Vaccination United Provinces of Agra and Oudh 1902-1913 - 1902-1913
Year: 1902
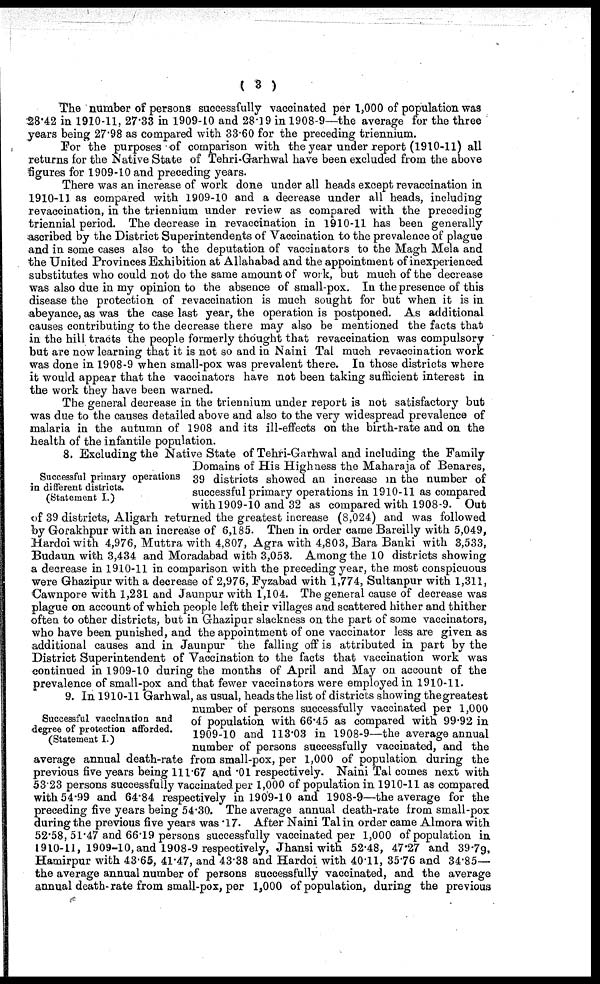
( 3 )
The number of persons successfully vaccinated per 1,000 of population was
28.42 in 1910-11, 27.33 in 1909-10 and 28.19 in 1908-9—the average for the three
years being 27.98 as compared with 33.60 for the preceding triennium.
For the purposes of comparison with the year under report (1910-11) all
returns for the Native State of Tehri-Garhwal have been excluded from the above
figures for 1909-10 and preceding years.
There was an increase of work done under all heads except revaccination in
1910-11 as compared with 1909-10 and a decrease under all heads, including
revaccination, in the triennium under review as compared with the preceding
triennial period. The decrease in revaccination in 1910-11 has been generally
ascribed by the District Superintendents of Vaccination to the prevalence of plague
and in some cases also to the deputation of vaccinators to the Magh Mela and
the United Provinces Exhibition at Allahabad and the appointment of inexperienced
substitutes who could not do the same amount of work, but much of the decrease
was also due in my opinion to the absence of small-pox. In the presence of this
disease the protection of revaccination is much sought for but when it is in
abeyance, as was the case last year, the operation is postponed. As additional
causes contributing to the decrease there may also be mentioned the facts that
in the hill tracts the people formerly thought that revaccination was compulsory
but are now learning that it is not so and in Naini Tal much revaccination work
was done in 1908-9 when small-pox was prevalent there. In those districts where
it would appear that the vaccinators have not been taking sufficient interest in
the work they have been warned.
The general decrease in the triennium under report is not satisfactory but
was due to the causes detailed above and also to the very widespread prevalence of
malaria in the autumn of 1908 and its ill-effects on the birth-rate and on the
health of the infantile population.
Successful primary operations
in different districts.
(Statement I.)
8. Excluding the Native State of Tehri-Garhwal and including the Family
Domains of His Highness the Maharaja of Benares,
39 districts showed an increase in the number of
successful primary operations in 1910-11 as compared
with 1909-10 and 32 as compared with 1908-9. Out
of 39 districts, Aligarh returned the greatest increase (8,024) and was followed
by Gorakhpur with an increase of 6,185. Then in order came Bareilly with 5,049,
Hardoi with 4,976, Muttra with 4,807, Agra with 4,803, Bara Banki with 3,533,
Budaun with 3,434 and Moradabad with 3,053. Among the 10 districts showing
a decrease in 1910-11 in comparison with the preceding year, the most conspicuous
were Ghazipur with a decrease of 2,976, Fyzabad with 1,774, Sultanpur with 1,311,
Cawnpore with 1,231 and Jaunpur with 1,104. The general cause of decrease was
plague on account of which people left their villages and scattered hither and thither
often to other districts, but in Ghazipur slackness on the part of some vaccinators,
who have been punished, and the appointment of one vaccinator less are given as
additional causes and in Jaunpur the falling off is attributed in part by the
District Superintendent of Vaccination to the facts that vaccination work was
continued in 1909-10 during the months of April and May on account of the
prevalence of small-pox and that fewer vaccinators were employed in 1910-11.
Successful vaccination and
degree of protection afforded.
(Statement I.)
9. In 1910-11 Garhwal, as usual, heads the list of districts showing thegreatest
number of persons successfully vaccinated per 1,000
of population with 66.45 as compared with 99.92 in
1909-10 and 113.03 in 1908-9—the average annual
number of persons successfully vaccinated, and the
average annual death-rate from small-pox, per 1,000 of population during the
previous five years being 111.67 and .01 respectively. Naini Tal comes next with
53.23 persons successfully vaccinated per 1,000 of population in 1910-11 as compared
with 54.99 and 64.84 respectively in 1909-10 and 1908-9—the average for the
preceding five years being 54.30. The average annual death-rate from small-pox
during the previous five years was .17. After Naini Tal in order came Almora with
52.58, 51.47 and 66.19 persons successfully vaccinated per 1,000 of population in
1910-11, 1909-10,and 1908-9 respectively, Jhansi with 52.48, 47.27 and 39.79,
Hamirpur with 43.65, 41.47, and 43.38 and Hardoi with 40.11, 35.76 and 34.85—
the average annual number of persons successfully vaccinated, and the average
annual death-rate from small-pox, per l,000 of population, during the previous